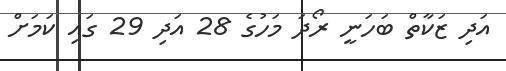
އަދި ޒަކާތް ބަހަނީ ރޯދަ މަހުގެ 28 އަދި 29 ގައި ކަމަށް